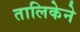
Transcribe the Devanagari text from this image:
तालिकेने